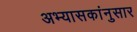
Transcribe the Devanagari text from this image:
अभ्यासकांनुसार